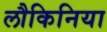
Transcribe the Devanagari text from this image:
लौकिनिया